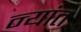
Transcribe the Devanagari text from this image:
न्यांत